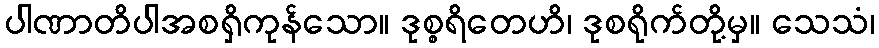
ပါဏာတိပါအစရှိကုန်သော။ ဒုစ္စရိတေဟိ၊ ဒုစရိုက်တို့မှ။ သေသံ၊